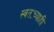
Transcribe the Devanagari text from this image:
स्वतःच्याही